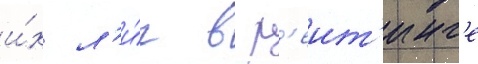
и́х л'и́г в р'еит'инг'е